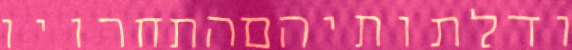
ודלתותיהםהתחרויו